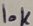
Text: 10K